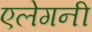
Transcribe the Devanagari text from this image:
एलेगनी